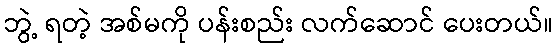
ဘွဲ့ ရတဲ့ အစ်မကို ပန်းစည်း လက်ဆောင် ပေးတယ်။